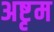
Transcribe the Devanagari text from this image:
अष्टृम